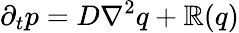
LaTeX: \partial_{t}p=D\nabla^{2}q+\mathbb{R}(q)